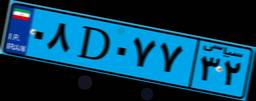
۰۸D۰۷۷۳۲